Annual administration report of the Civil Veterinary Department of India - 1898-1899
Year: 1898
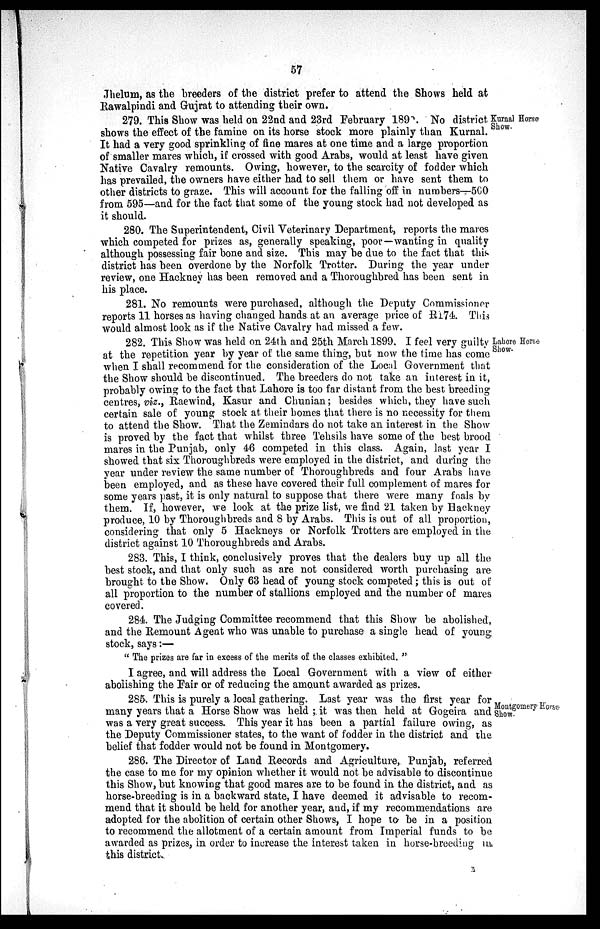
57
Jhelum, as the breeders of the district prefer to attend the Shows held at
Rawalpindi and Gujrat to attending their own.
Kurnal Horse
Show.
279. This Show was held on 22nd and 23rd February 1892. No district
shows the effect of the famine on its horse stock more plainly than Kurnal.
It had a very good sprinkling of fine mares at one time and a large proportion
of smaller mares which, if crossed with good Arabs, would at least have given
Native Cavalry remounts. Owing, however, to the scarcity of fodder which
has prevailed, the owners have either had to sell them or have sent them to
other districts to graze. This will account for the falling off in numbers—500
from 595—and for the fact that some of the young stock had not developed as
it should.
280. The Superintendent, Civil Veterinary Department, reports the mares
which competed for prizes as, generally speaking, poor—wanting in quality
although possessing fair bone and size. This may be due to the fact that this
district has been overdone by the Norfolk Trotter. During the year under
review, one Hackney has been removed and a Thoroughbred has been sent in
his place.
281. No remounts were purchased, although the Deputy Commissioner
reports 11 horses as having changed hands at an average price of R174. This
would almost look as if the Native Cavalry had missed a few.
Lahore Horse
Show.
282. This Show was held on 24th and 25th March 1899. I feel very guilty
at the repetition year by year of the same thing, but now the time has come
when I shall recommend for the consideration of the Local Government that
the Show should be discontinued. The breeders do not take an interest in it,
probably owing to the fact that Lahore is too far distant from the best breeding
centres, viz., Raewind, Kasur and Chunian; besides which, they have such
certain sale of young stock at their homes that there is no necessity for them
to attend the Show. That the Zemindars do not take an interest in the Show
is proved by the fact that whilst three Tehsils have some of the best brood
mares in the Punjab, only 46 competed in this class. Again, last year I
showed that six Thoroughbreds were employed in the district, and during the
year under review the same number of Thoroughbreds and four Arabs have
been employed, and as these have covered their full complement of mares for
some years past, it is only natural to suppose that there were many foals by
them. If, however, we look at the prize list, we find 21 taken by Hackney
produce, 10 by Thoroughbreds and 8 by Arabs. This is out of all proportion,
considering that only 5 Hackneys or Norfolk Trotters are employed in the
district against 10 Thoroughbreds and Arabs.
283. This, I think, conclusively proves that the dealers buy up all the
best stock, and that only such as are not considered worth purchasing are
brought to the Show. Only 63 head of young stock competed; this is out of
all proportion to the number of stallions employed and the number of mares
covered.
284. The Judging Committee recommend that this Show be abolished,
and the Remount Agent who was unable to purchase a single head of young
stock, says:—
"The prizes are far in excess of the merits of the classes exhibited."
I agree, and will address the Local Government with a view of either
abolishing the Fair or of reducing the amount awarded as prizes.
Montgomery Horse-
Show.
285. This is purely a local gathering. Last year was the first year for
many years that a Horse Show was held; it was then held at Gogeira and
was a very great success. This year it has been a partial failure owing, as
the Deputy Commissioner states, to the want of fodder in the district and the
belief that fodder would not be found in Montgomery.
286. The Director of Land Records and Agriculture, Punjab, referred
the case to me for my opinion whether it would not be advisable to discontinue
this Show, but knowing that good mares are to be found in the district, and as
horse-breeding is in a backward state, I have deemed it advisable to recom-
mend that it should be held for another year, and, if my recommendations are
adopted for the abolition of certain other Shows, I hope to be in a position
to recommend the allotment of a certain amount from Imperial funds to be
awarded as prizes, in order to increase the interest taken in horse-breeding in
this district.